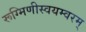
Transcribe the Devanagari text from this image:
रूग्मिणीस्वयम्वरम्